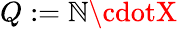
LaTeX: Q:=\mathbb{N}\cdotX